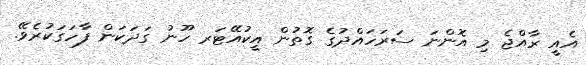
އެއީ ރާއްޖެ މި އޮންނަ ސަރަހައްދުގެ ގޮތުން އީކުއޭޓަރ ހޫނު ގަދަކަން ފާހަގަކުރެވޭ.